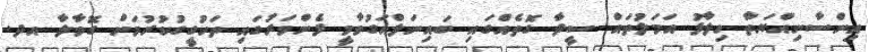
އިންސާނިއްޔަތާ ހިލާފު އަމަލުތައް ސީދާ ގޮތެއްގައި ބައިނަލްއަގުވާމީ ފެންވަރުގައި ތަހުގީގުކުރުމަށް ގޮވާލާ އދ.